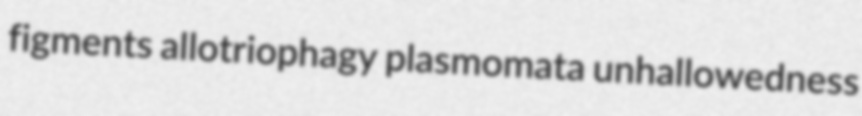
figments allotriophagy plasmomata unhallowedness